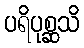
ပရိပုစ္ဆသိ